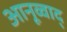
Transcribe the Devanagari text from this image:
आनूव्वाद्